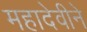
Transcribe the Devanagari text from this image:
महादेवीने